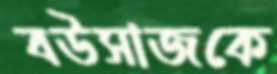
বউসাজকে